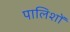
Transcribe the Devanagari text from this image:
पालिशों